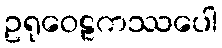
ဥရုဝေဠကဿပေါ